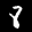
Label: 8